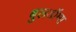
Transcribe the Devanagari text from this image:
बुलडॉग्स